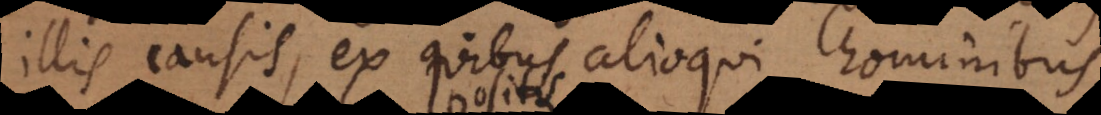
illis causis, ex quibus alioqui hominibus